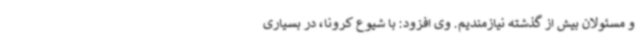
و مسئولان بیش از گذشته نیازمندیم. وی افزود: با شیوع کرونا، در بسیاری